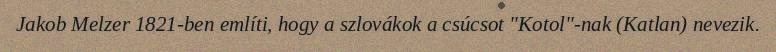
Jakob Melzer 1821-ben említi, hogy a szlovákok a csúcsot "Kotol"-nak (Katlan) nevezik.